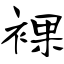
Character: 裸